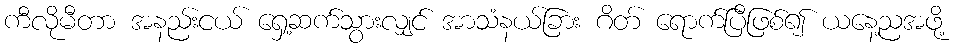
ကီလိုမီတာ အနည်းငယ် ရှေ့ဆက်သွားလျှင် အာသံနယ်ခြား ဂိတ် ရောက်ပြီဖြစ်၍ ယနေ့ညအဖို့